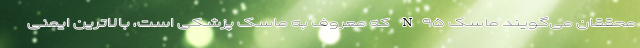
محققان می‌گویند ماسک N۹۵ که معروف به ماسک پزشکی است، بالاترین ایمنی